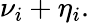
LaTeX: \nu_{i}+\eta_{i}.